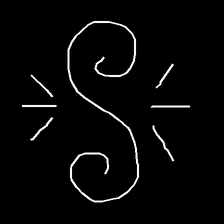
Glyph: wind-directs-air